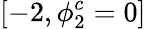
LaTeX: [-2,\phi_{2}^{c}=0]